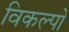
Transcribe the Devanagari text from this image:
विकल्‍पों